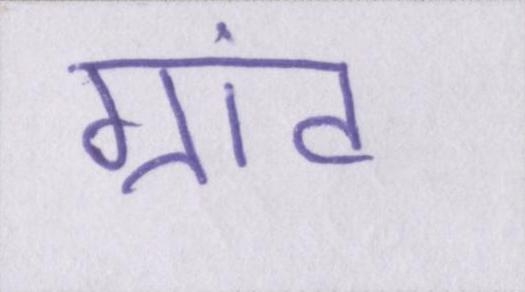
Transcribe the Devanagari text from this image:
ग्रांट